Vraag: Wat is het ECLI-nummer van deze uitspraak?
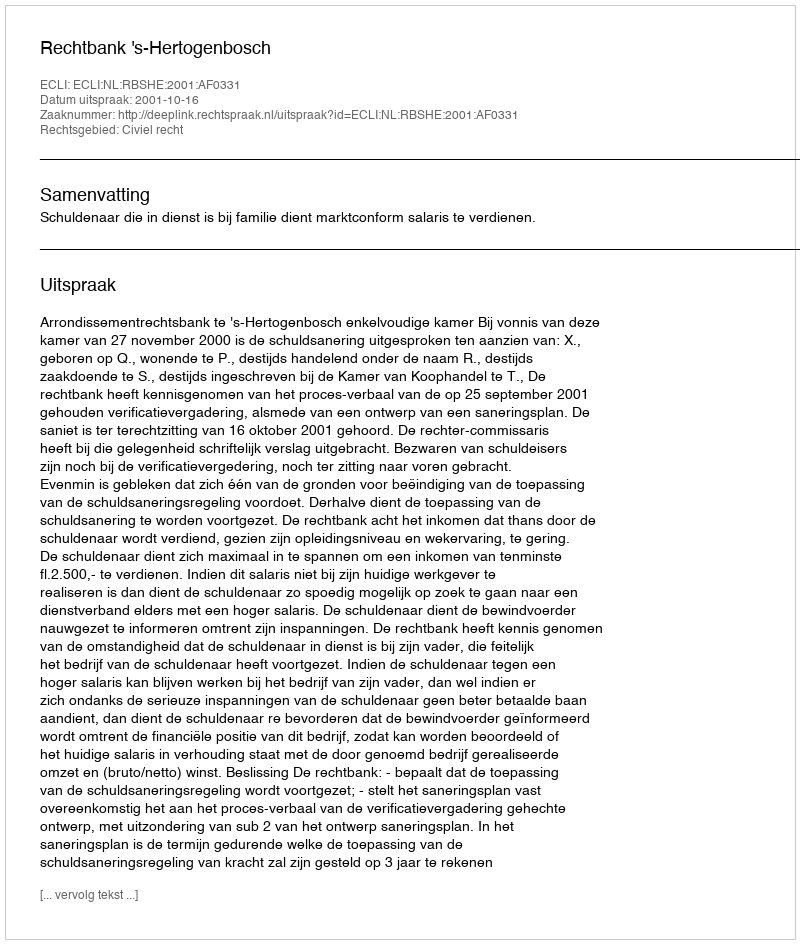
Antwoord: ECLI:NL:RBSHE:2001:AF0331